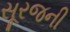
સૂરજની